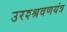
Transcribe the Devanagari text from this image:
उरश्श्रवणयंत्र